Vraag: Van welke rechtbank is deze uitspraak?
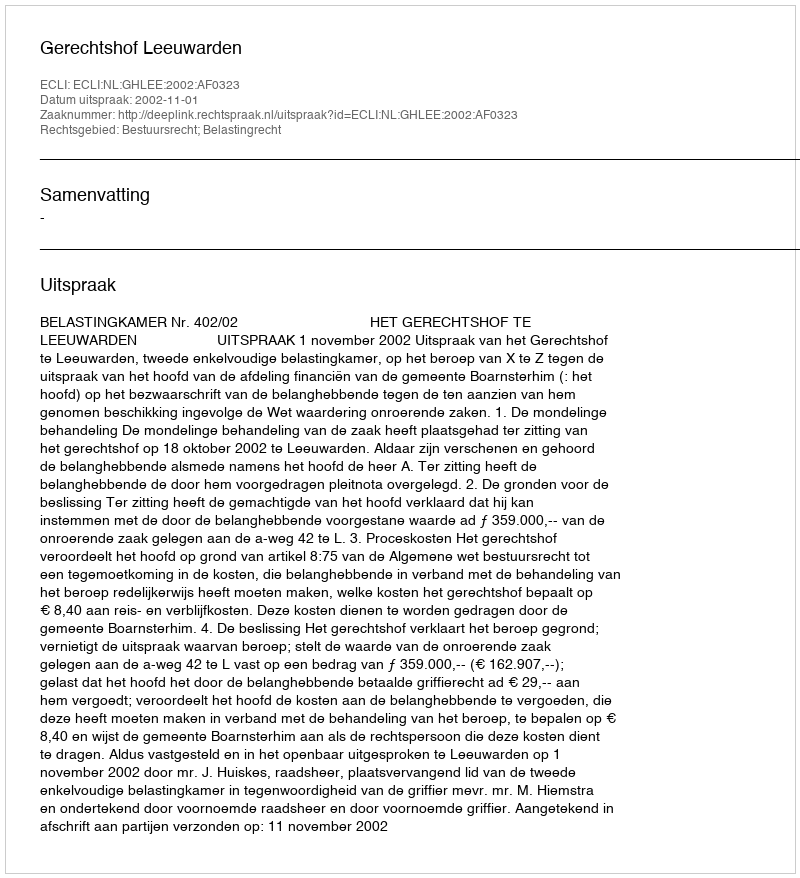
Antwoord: Gerechtshof Leeuwarden